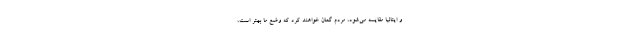
و ایتالیا مقایسه می‌شود، مردم گمان خواهند کرد که وضع ما بهتر است،